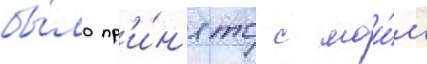
бы́ло пр'и́н'ято с мои́м